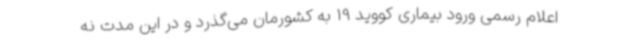
اعلام رسمی ورود بیماری کووید 19 به کشورمان می‌گذرد و در این مدت نه